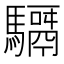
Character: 𩦣